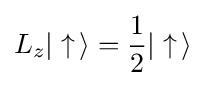
L_{z}|\uparrow \,\rangle ={\frac {1}{2}}|\uparrow \,\rangle